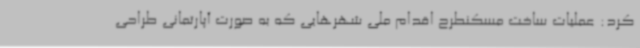
کرد: عملیات ساخت مسکنطرح اقدام ملی شهرهایی که به صورت آپارتمانی طراحی